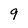
Character: 9